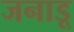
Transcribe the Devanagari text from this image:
जनाडू